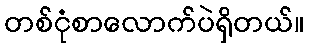
တစ်ငုံစာလောက်ပဲရှိတယ်။